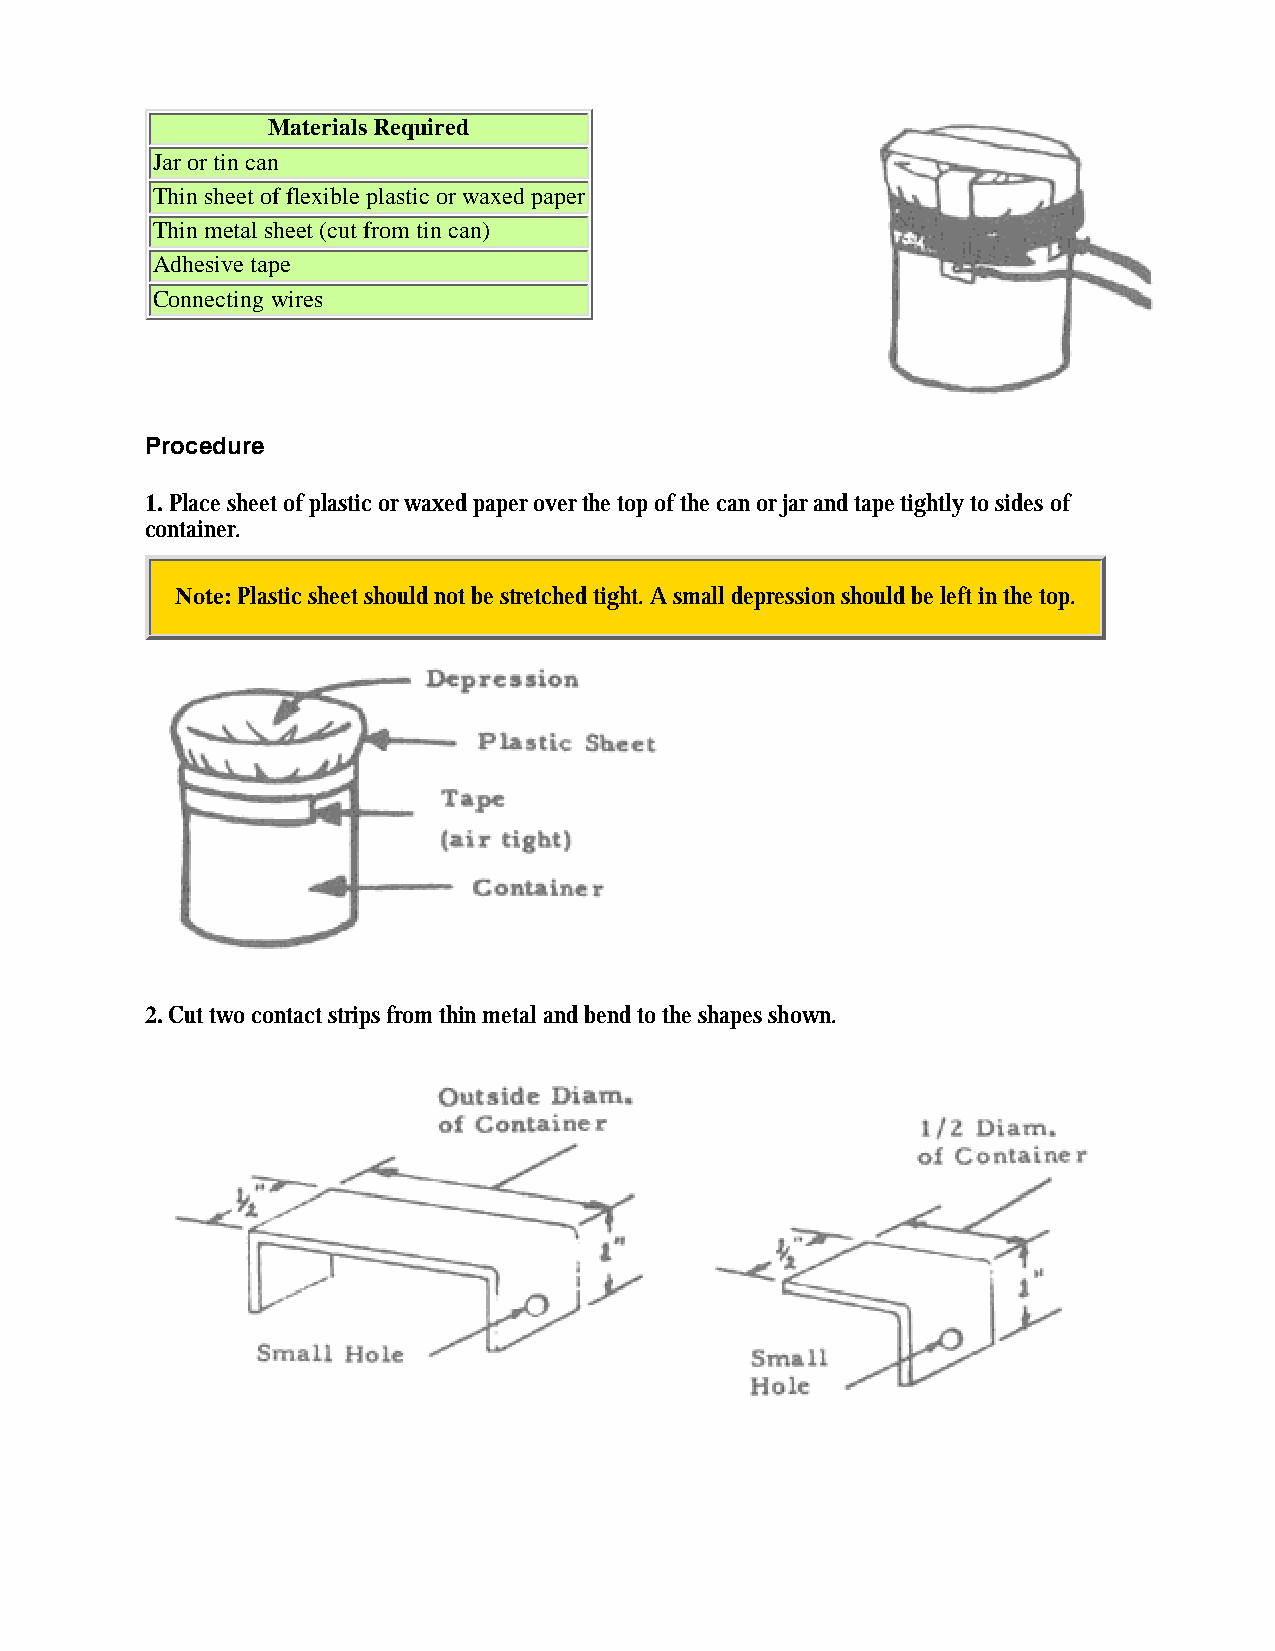
Materials Required
 Jar or tin can
 Thin sheet of flexible plastic or waxed paper
 Thin metal sheet (cut from tin can)
 Adhesive tape
 Connecting wires
 Procedure
 1. Place sheet of plastic or waxed paper over the top of the can or jar and tape tightly to sides of
 container.
 Note: Plastic sheet should not be stretched tight. A small depression should be left in the top.
 2. Cut two contact strips from thin metal and bend to the shapes shown.